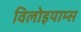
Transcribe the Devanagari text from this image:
विलोइयाम्स